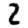
Digit: 2